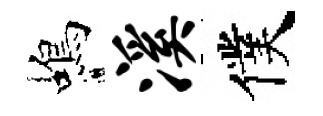
蝎溪僕